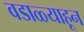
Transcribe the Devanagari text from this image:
वडाळ्याहून